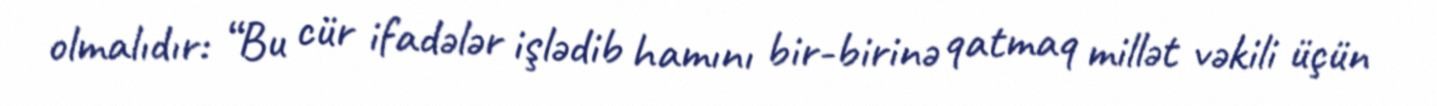
olmalıdır: “Bu cür ifadələr işlədib hamını bir-birinə qatmaq millət vəkili üçün